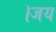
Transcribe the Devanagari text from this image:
।जय